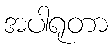
အပါရုတာ